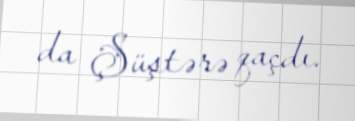
da Şüştərə qaçdı.